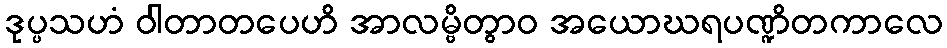
ဒုပ္ပသဟံ ဝါတာတပေဟိ အာလမ္ဗိတွာဝ အယောဃရပဏ္ဍိတကာလေ